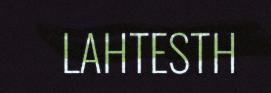
LAHTESTH